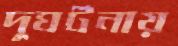
দুঘর্টনায়